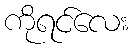
ကိုရင်လေး